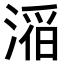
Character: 𪶴